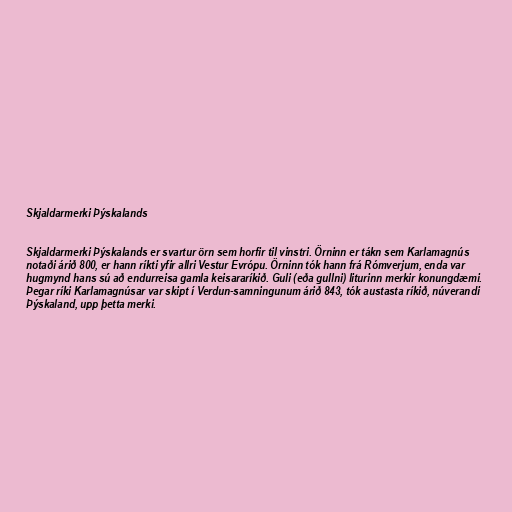
Skjaldarmerki Þýskalands

Skjaldarmerki Þýskalands er svartur örn sem horfir til vinstri. Örninn er tákn sem Karlamagnús
notaði árið 800, er hann ríkti yfir allri Vestur Evrópu. Örninn tók hann frá Rómverjum, enda var
hugmynd hans sú að endurreisa gamla keisararíkið. Guli (eða gullni) liturinn merkir konungdæmi.
Þegar ríki Karlamagnúsar var skipt í Verdun-samningunum árið 843, tók austasta ríkið, núverandi
Þýskaland, upp þetta merki.